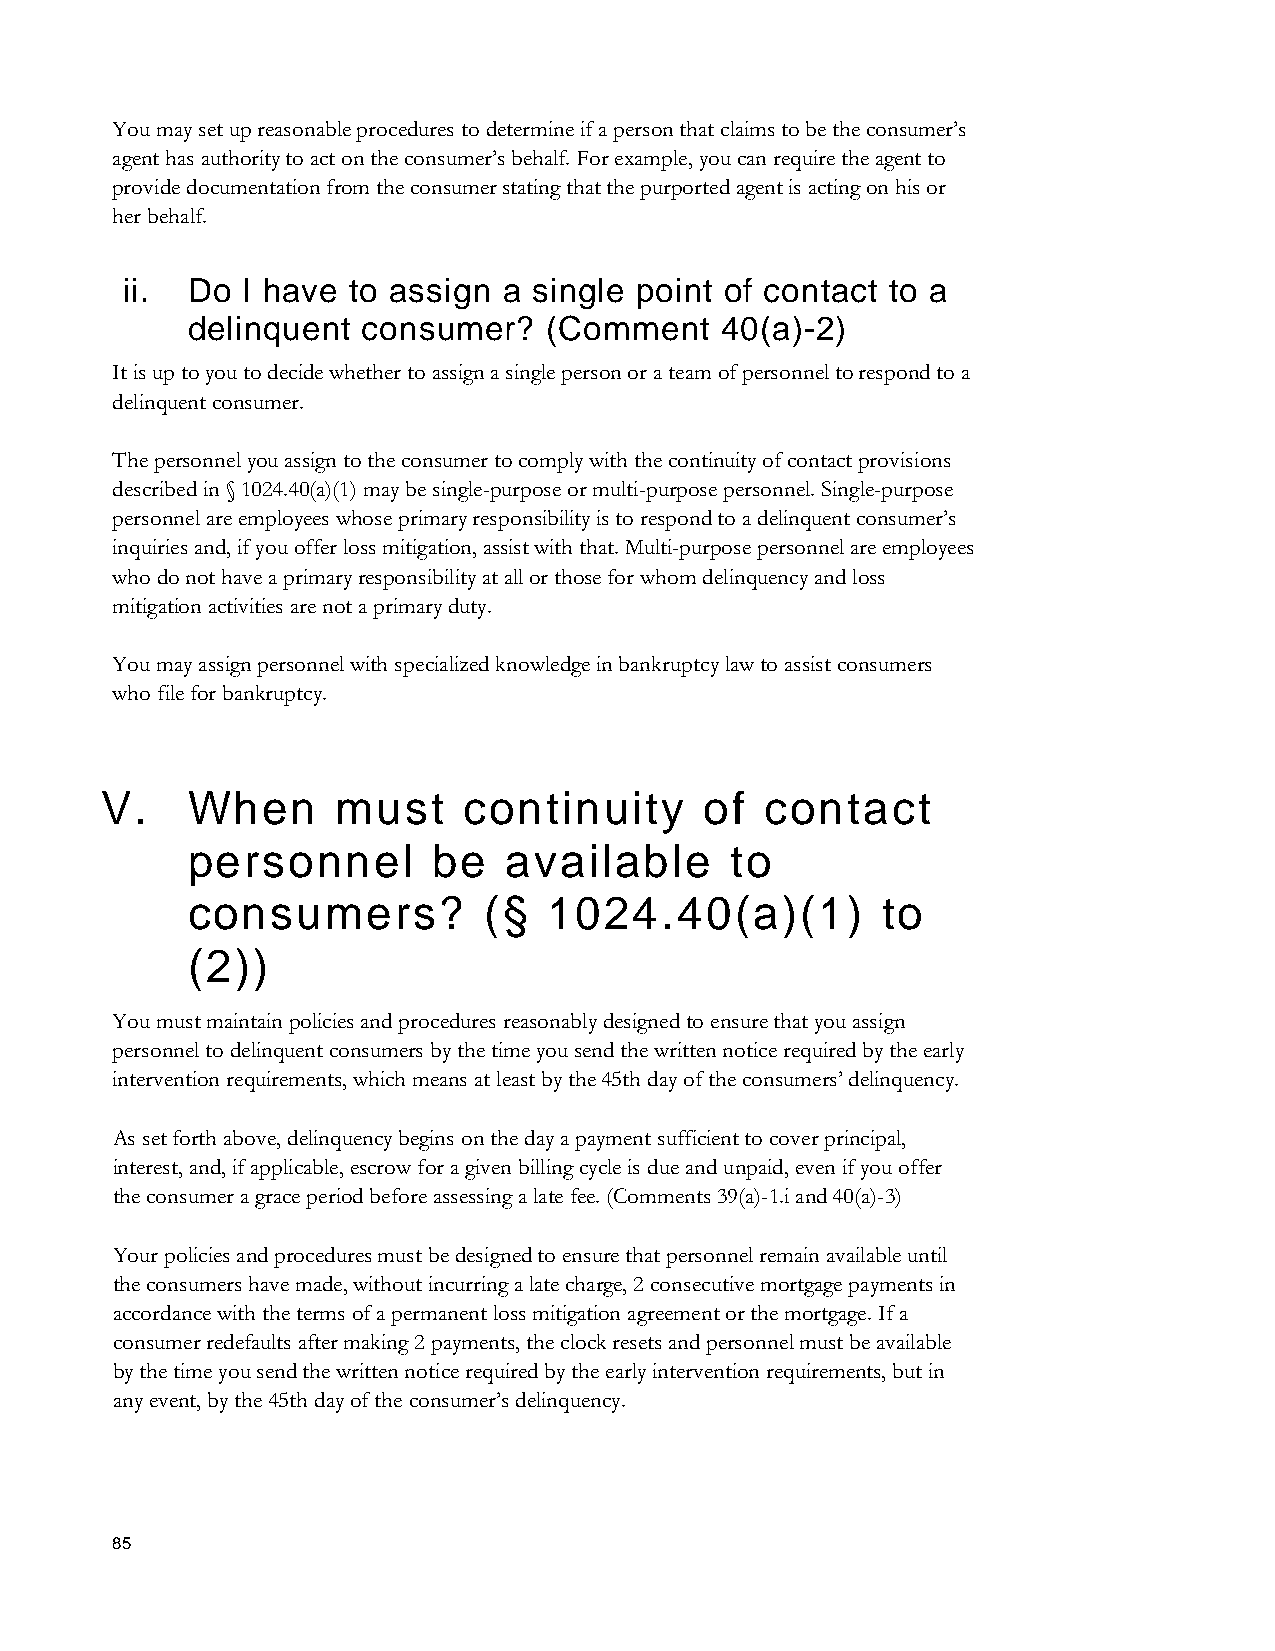
You may set up reasonable procedures to determine if a person that claims to be the consumer’s
 agent has authority to act on the consumer’s behalf. For example, you can require the agent to
 provide documentation from the consumer stating that the purported agent is acting on his or
 her behalf.
 ii. Do  I have to assign a single point of contact to a
 delinquent  consumer?   (Comment    40(a)-2)
 It is up to you to decide whether to assign a single person or a team of personnel to respond to a
 delinquent consumer.
 The personnel you assign to the consumer to comply with the continuity of contact provisions
 described in § 1024.40(a)(1) may be single-purpose or multi-purpose personnel. Single-purpose
 personnel are employees whose primary responsibility is to respond to a delinquent consumer’s
 inquiries and, if you offer loss mitigation, assist with that. Multi-purpose personnel are employees
 who do not have a primary responsibility at all or those for whom delinquency and loss
 mitigation activities are not a primary duty.
 You may assign personnel with specialized knowledge in bankruptcy law to assist consumers
 who file for bankruptcy.
 V.   When      must     continuity      of  contact
 personnel        be  available      to
 consumers?          (§  1024.40(a)(1)         to
 (2))
 You must maintain policies and procedures reasonably designed to ensure that you assign
 personnel to delinquent consumers by the time you send the written notice required by the early
 intervention requirements, which means at least by the 45th day of the consumers’ delinquency.
 As set forth above, delinquency begins on the day a payment sufficient to cover principal,
 interest, and, if applicable, escrow for a given billing cycle is due and unpaid, even if you offer
 the consumer a grace period before assessing a late fee. (Comments 39(a)-1.i and 40(a)-3)
 Your policies and procedures must be designed to ensure that personnel remain available until
 the consumers have made, without incurring a late charge, 2 consecutive mortgage payments in
 accordance with the terms of a permanent loss mitigation agreement or the mortgage. If a
 consumer redefaults after making 2 payments, the clock resets and personnel must be available
 by the time you send the written notice required by the early intervention requirements, but in
 any event, by the 45th day of the consumer’s delinquency.
 85